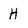
Character: H